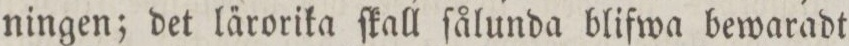
ningen; det la̋rorika ſkall ſålunda blifwa bewaradt